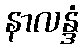
နာလန္ဒံ